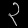
Digit: ၃